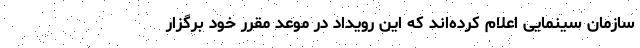
سازمان سینمایی اعلام کرده‌اند که این رویداد در موعد مقرر خود برگزار